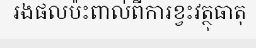
រងផលប៉ះពាល់ពីការខ្វះវត្ថុធាតុ